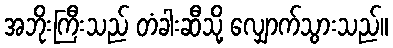
အဘိုးကြီးသည် တံခါးဆီသို့ လျှောက်သွားသည်။